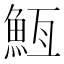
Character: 䱍